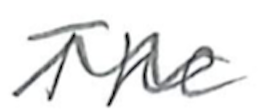
Text: The
Cross-out: wave
Writing tool: pencil